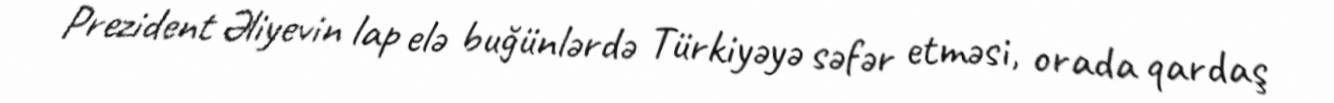
Prezident Əliyevin lap elə buğünlərdə Türkiyəyə səfər etməsi, orada qardaş